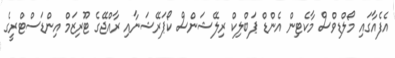
އެފެއާގައި މޯލްޑިވްސް މާކެޓިން އެންޑް ޕަބްލިކް ރިލޭޝަންސް ކޯޕަރޭޝަނާއި ރާއްޖޭގެ ޓޫރިޒަމް އިންޑަސްޓްރީގެ